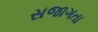
સજાગતા